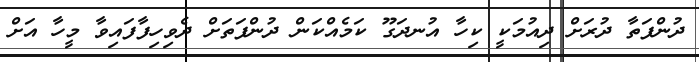
ދުންފަތާ ދުރަށް ދިއުމަކީ ކިހާ އުނދަގޫ ކަމެއްކަން ދުންފަތަށް ދެވިހިފާފައިވާ މީހާ އަށް